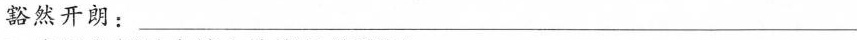
豁然开朗：___